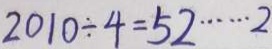
2 0 1 0 \div 4 = 5 2 \cdots 2